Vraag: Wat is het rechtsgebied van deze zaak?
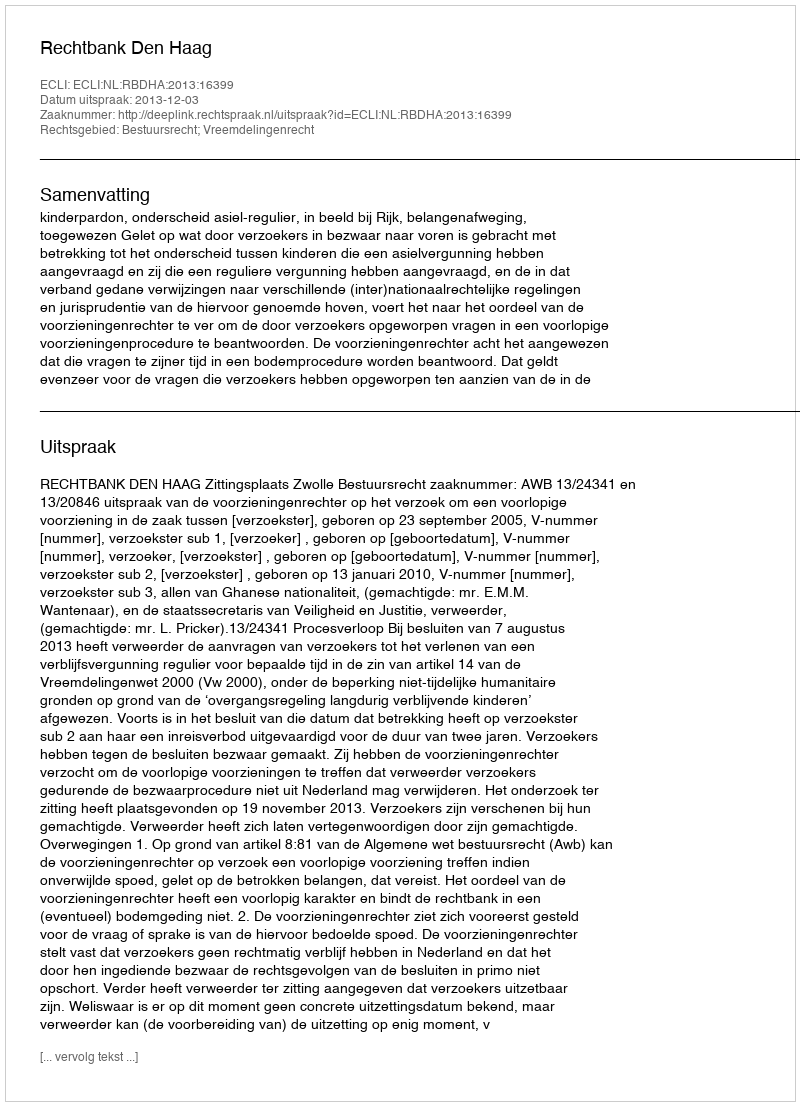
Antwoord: Bestuursrecht; Vreemdelingenrecht